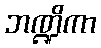
ဘဏ္ဍိကာ